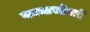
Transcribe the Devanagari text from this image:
कानाभोवती